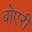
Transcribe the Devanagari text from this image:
बोएरी